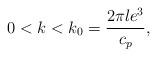
LaTeX: \begin{align*}0< k< k_{0}=\frac{ 2\pi le^{3}} {c_{p}},\end{align*}